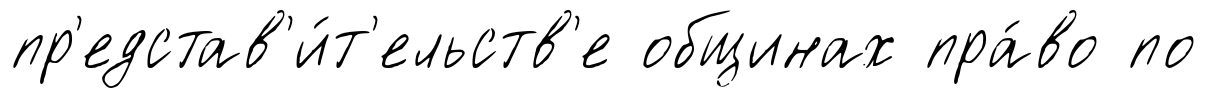
пр'едстав'и́т'ельств'е общинах пра́во по